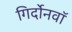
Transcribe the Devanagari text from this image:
गिर्दोनवाॅ